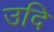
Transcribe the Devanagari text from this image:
उदि